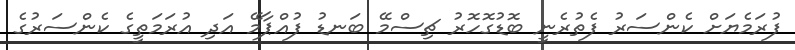
ފުރަމެޔަށް ކެންސަރު ފެތުރެނީ ބޮޑުގޮހޮރު ޗިސްމޭ ބަނޑު ފުއްޕާމޭ އަދި އުރަމަތީގެ ކެންސަރުގެ